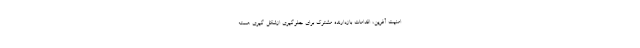
امنیت آفرین، اقدامات بازدارنده مشترک برای جلوگیری ازشکل گیری هسته